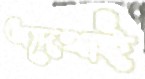
অদেখাই